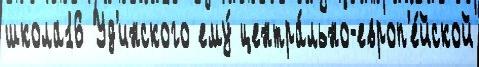
школа16 Уд'инского ему́ центра́льно-европ'е́йской